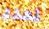
لعدد